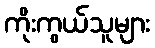
ကိုးကွယ်သူများ